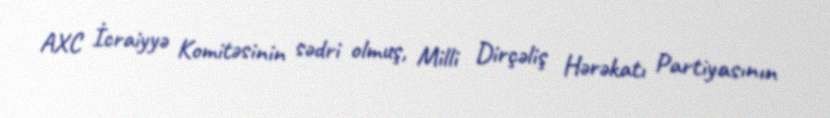
AXC İcraiyyə Komitəsinin sədri olmuş, Milli Dirçəliş Hərəkatı Partiyasının